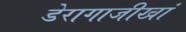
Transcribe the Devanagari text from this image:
डेरागाजीखां